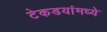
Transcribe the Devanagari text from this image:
टेकडयांमध्ये